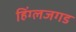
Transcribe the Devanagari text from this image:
हिंग्लजगड